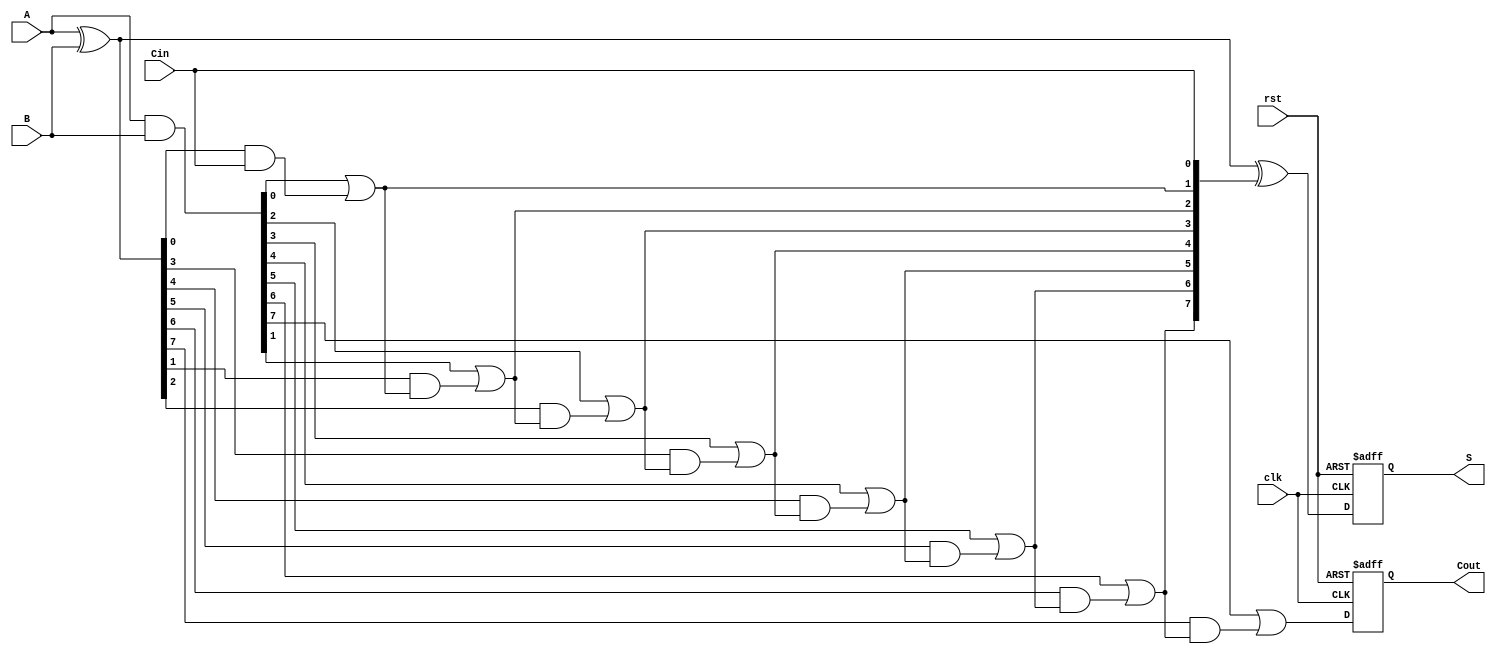
module PipelinedCLA #(parameter N = 8) (
    input wire clk,
    input wire rst,
    input wire [N-1:0] A,
    input wire [N-1:0] B,
    input wire Cin,
    output reg [N-1:0] S,
    output reg Cout
);

    // Intermediate signals
    wire [N-1:0] G; // Generate signals
    wire [N-1:0] P; // Propagate signals
    wire [N:0] C;   // Carry signals

    // Stage 1: Compute Generate and Propagate signals
    assign G = A & B;         // Generate
    assign P = A ^ B;         // Propagate
    
    // Stage 2: Compute Carry signals
    assign C[0] = Cin;
    genvar i;
    generate
        for (i = 0; i < N; i = i + 1) begin : carry_logic
            if (i == 0) begin
                assign C[i + 1] = G[i] | (P[i] & C[i]);
            end else begin
                assign C[i + 1] = G[i] | (P[i] & C[i]);
            end
        end
    endgenerate

    // Stage 3: Compute Sum and final Carry Out
    always @(posedge clk or posedge rst) begin
        if (rst) begin
            S <= 0;
            Cout <= 0;
        end else begin
            // Compute Sum
            S <= P ^ C[N-1:0]; // Sum calculation
            Cout <= C[N];      // Final carry out
        end
    end

endmodule